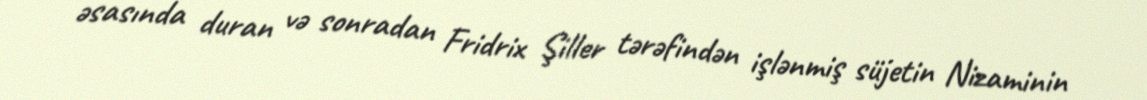
əsasında duran və sonradan Fridrix Şiller tərəfindən işlənmiş süjetin Nizaminin